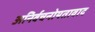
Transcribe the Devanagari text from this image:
अनिर्वचनोयतावाद